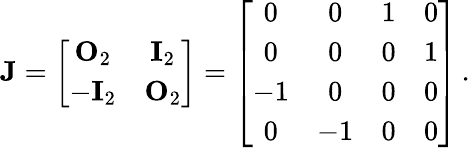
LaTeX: \mathbf{J}=\left[\begin{array}{cc}{\mathbf{O}_{2}}&{\mathbf{I}_{2}}\\ {-\mathbf{I}_{2}}&{\mathbf{O}_{2}}\end{array}\right]=\left[\begin{array}{cccc}{0}&{0}&{1}&{0}\\ {0}&{0}&{0}&{1}\\ {-1}&{0}&{0}&{0}\\ {0}&{-1}&{0}&{0}\end{array}\right]\, .